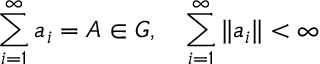
\sum _ { i = 1 } ^ { \infty } a _ { i } = A \in G , \quad \sum _ { i = 1 } ^ { \infty } \| a _ { i } \| < \infty